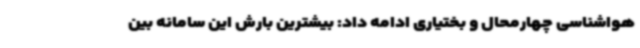
هواشناسی چهارمحال و بختیاری ادامه داد: بیشترین بارش این سامانه بین